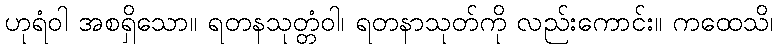
ဟုရံဝါ အစရှိသော။ ရတနသုတ္တံဝါ၊ ရတနာသုတ်ကို လည်းကောင်း။ ကထေသိ၊